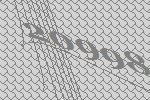
20998